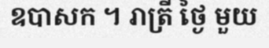
ឧបាសក ។ រាត្រី ថ្ងៃ មួយ